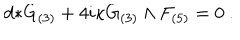
LaTeX: d { * } G _ { ( 3 ) } + 4 i \kappa G _ { ( 3 ) } \wedge F _ { ( 5 ) } = 0 \ .